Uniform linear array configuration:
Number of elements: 24
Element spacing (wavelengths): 1
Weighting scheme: cosine
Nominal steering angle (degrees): -45
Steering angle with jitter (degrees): -44.193
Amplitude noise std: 0.05
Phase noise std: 0.05

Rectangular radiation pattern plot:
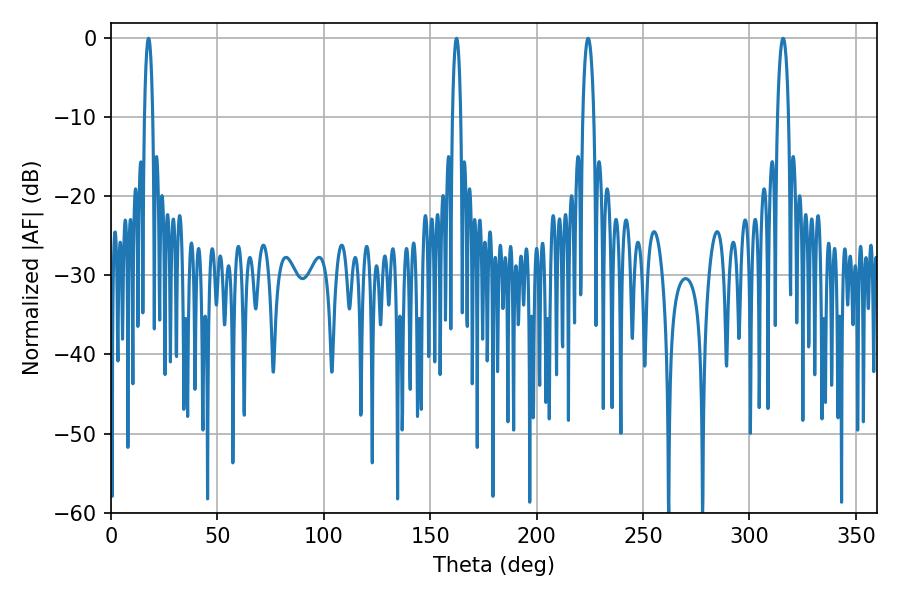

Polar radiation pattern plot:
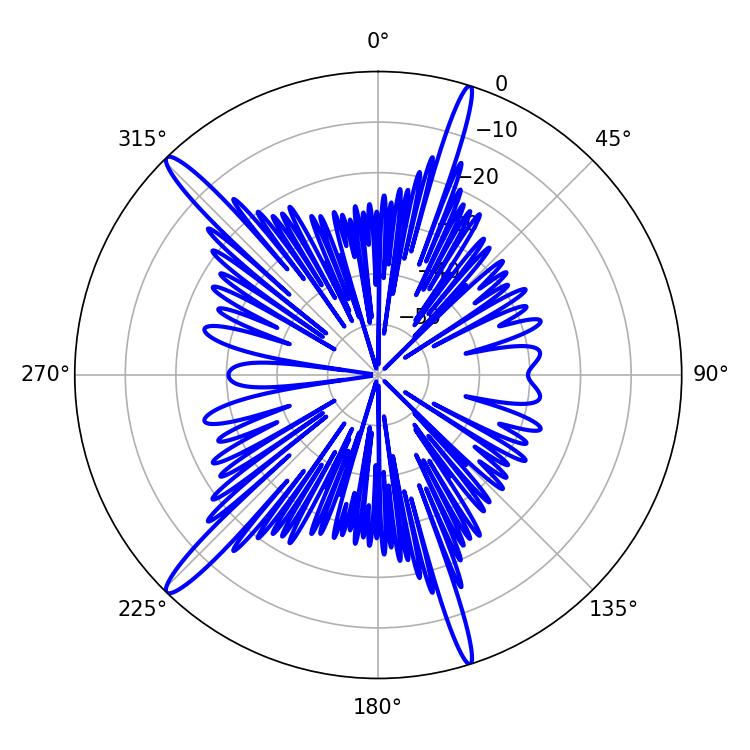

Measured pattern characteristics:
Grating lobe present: TRUE
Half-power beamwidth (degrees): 2.16
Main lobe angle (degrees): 17.64